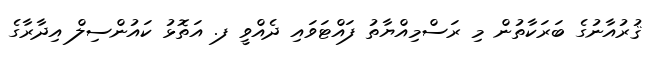
ޤުރުއާނުގެ ބަރަކާތުން މި ރަސްމިއްޔާތު ފައްޓަވައި ދެއްވީ ފ. އަތޮޅު ކައުންސިލް އިދާރާގެ